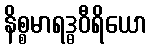
နိစ္စမာရဒ္ဓဝီရိယော